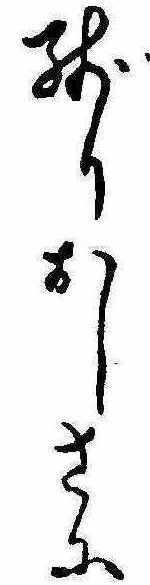
残りおしさに